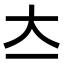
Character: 𡗓